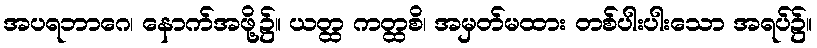
အပရဘာဂေ၊ နောက်အဖို့၌။ ယတ္ထ ကတ္ထစိ၊ အမှတ်မထား တစ်ပါးပါးသော အရပ်၌။